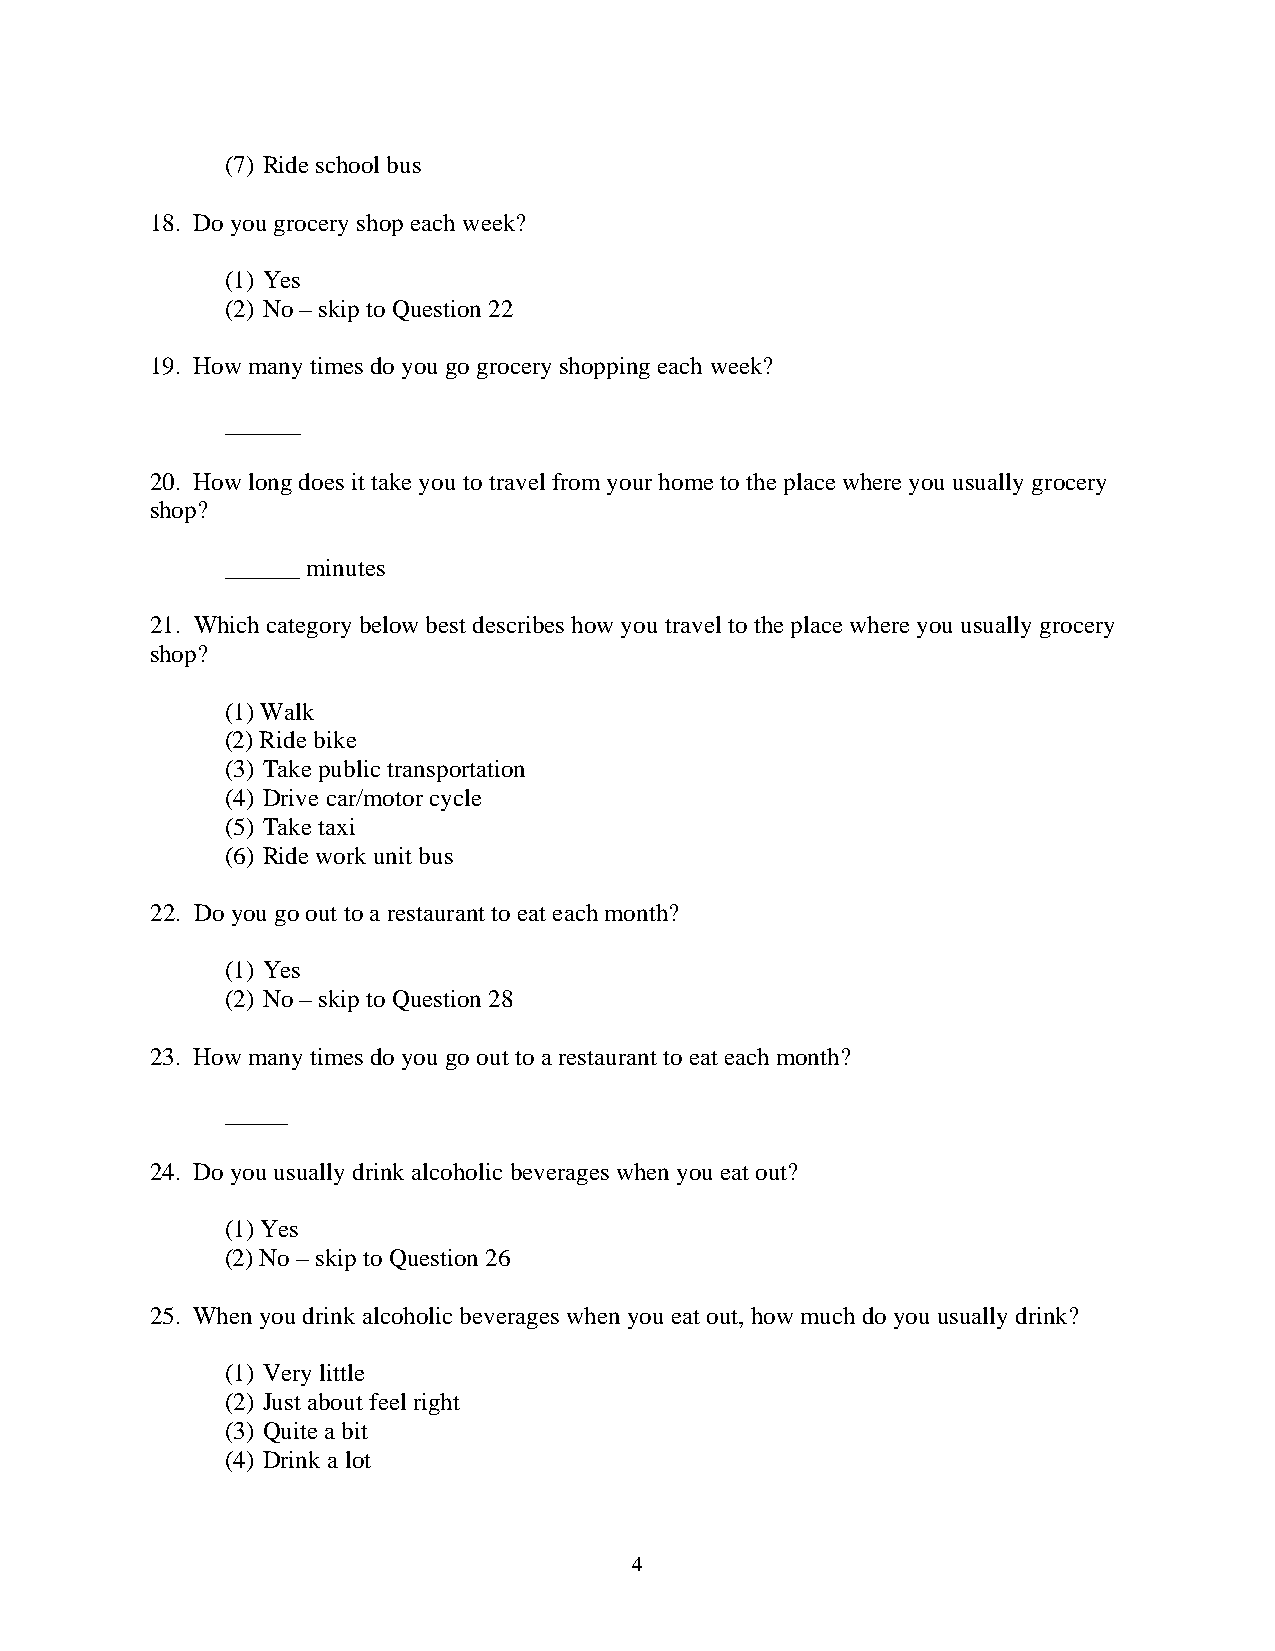
(7) Ride school bus
 18. Do you grocery shop each week?
 (1) Yes
 (2) No – skip to Question 22
 19. How many times do you go grocery shopping each week?
 ______
 20. How long does it take you to travel from your home to the place where you usually grocery
 shop?
 ______ minutes
 21. Which category below best describes how you travel to the place where you usually grocery
 shop?
 (1) Walk
 (2) Ride bike
 (3) Take public transportation
 (4) Drive car/motor cycle
 (5) Take taxi
 (6) Ride work unit bus
 22. Do you go out to a restaurant to eat each month?
 (1) Yes
 (2) No – skip to Question 28
 23. How many times do you go out to a restaurant to eat each month?
 _____
 24. Do you usually drink alcoholic beverages when you eat out?
 (1) Yes
 (2) No – skip to Question 26
 25. When you drink alcoholic beverages when you eat out, how much do you usually drink?
 (1) Very little
 (2) Just about feel right
 (3) Quite a bit
 (4) Drink a lot
 4